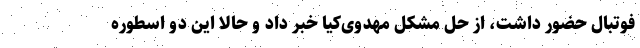
فوتبال حضور داشت، از حل مشکل مهدوی‌کیا خبر داد و حالا این دو اسطوره